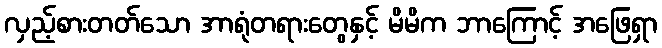
လှည့်စားတတ်သော အာရုံတရားတွေနှင့် မိမိက ဘာကြောင့် အဖြေရှာ